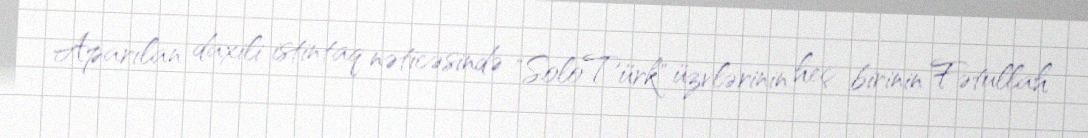
Aparılan daxili istintaq nəticəsində "SoloTürk" üzvlərinin heç birinin Fətullah